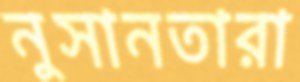
নুসানতারা